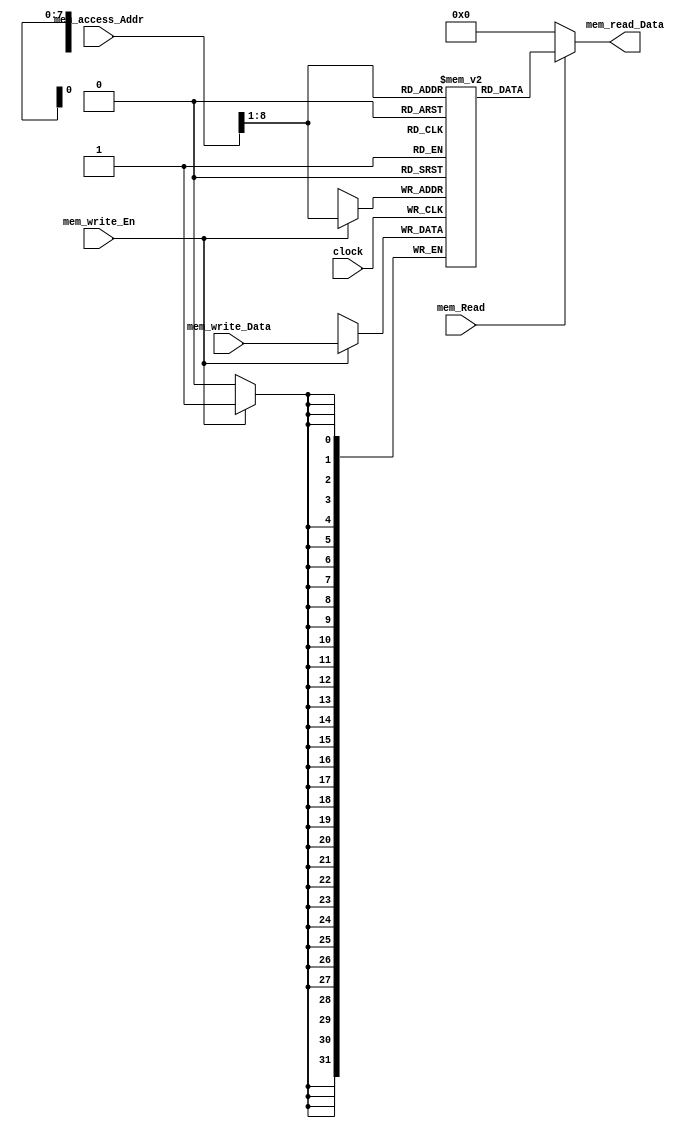
//Verilog Code for Data Memory

`timescale 1ns/1ps

module data_memory
 (
  	input clock,     
  	input[31:0] mem_write_Data,
    input[31:0] mem_access_Addr,  
  	input mem_Read,
    input mem_write_En,
  	output [31:0] mem_read_Data  
 );   
  
  reg[31:0] ram[255:0];
  
  wire [7 : 0] ram_Addr = mem_access_Addr[8 : 1];
  
  //Establish a way to iterate through the Random_Access_Mem array:
  
  integer x; 
  
  initial begin  
    for(x = 0; x < 256; x = x + 1)  
      		
      	ram[x] <= 32'd0;  
  	
  	end  
  
  always @(posedge clock) 
    begin  
      if (mem_write_En == 1)  
        	
        	ram[ram_Addr] <= mem_write_Data;  
    end  
  
  assign mem_read_Data = (mem_Read==1'b1) ? ram[ram_Addr]: 32'd0;   

endmodule